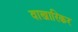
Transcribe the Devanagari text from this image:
वाखारिकर